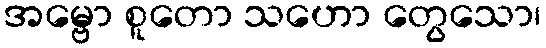
အမ္ဗော စူတော သဟော တွေသော၊